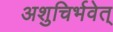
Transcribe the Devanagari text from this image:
अशुचिर्भवेत्